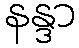
နန္ဒာ